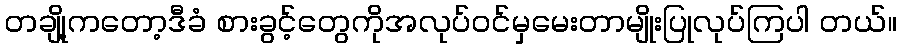
တချို့ကတော့ဒီခံ စားခွင့်တွေကိုအလုပ်ဝင်မှမေးတာမျိုးပြုလုပ်ကြပါ တယ်။